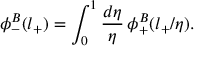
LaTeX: \phi _ { - } ^ { B } ( l _ { + } ) = \int _ { 0 } ^ { 1 } \frac { d \eta } { \eta } \, \phi _ { + } ^ { B } ( l _ { + } / \eta ) .